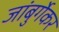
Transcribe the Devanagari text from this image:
जांबुर्गेकर